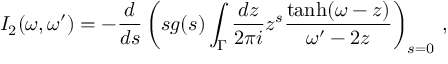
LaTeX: I _ { 2 } ( \omega , \omega ^ { \prime } ) = - \frac { d } { d s } \left( s g ( s ) \int _ { \Gamma } \frac { d z } { 2 \pi i } z ^ { s } \frac { \operatorname { t a n h } ( \omega - z ) } { \omega ^ { \prime } - 2 z } \right) _ { s = 0 } \, ,